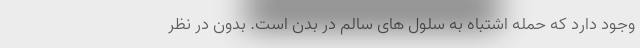
وجود دارد که حمله اشتباه به سلول های سالم در بدن است. بدون در نظر